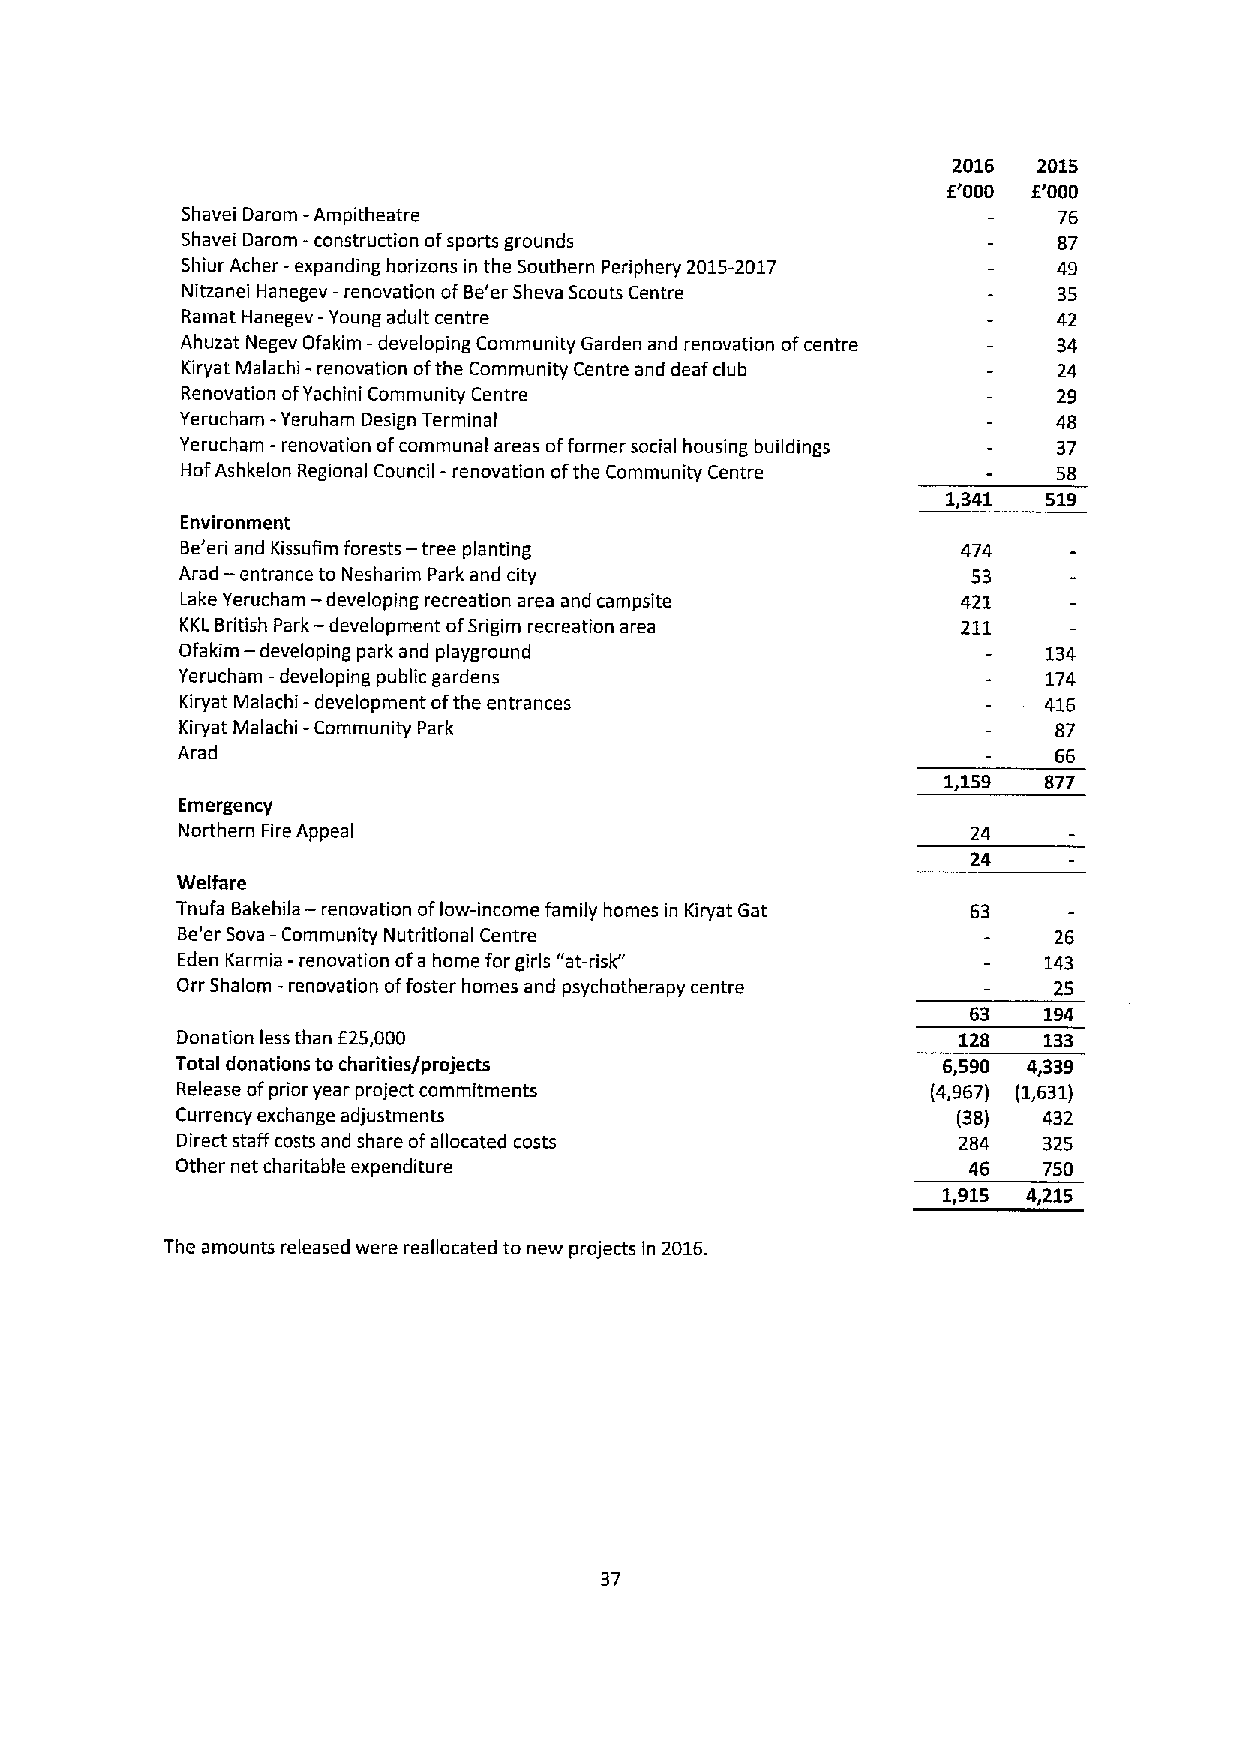
2016  2015
 E'000 E'000
 Shavei Darom —Ampitheatre                                 76
 Shavei Darom -construction ofsports grounds               87
 Shiur Acher -expanding horizons in the Southern Periphery 2015-2017 49
 Nitzanei Hanegev —renovation ofBe'er Sheva Scouts Centre  35
 Ramat Hanegev —Young adult centre                         42
 Ahuzat Negev Ofakim -developing Community Garden and renovation ofcentre 34
 Kiryat Malachi -renovation ofthe Community Centre and deaf club 24
 Renovation ofYachini Community Centre                     29
 Yerucham - Yeruham Design Terminal                        48
 Yerucham -renovation ofcommunal areas offormer social housing buildings 37
 Hof Ashkelon Regional Council -renovation ofthe Community Centre 58
 1,341 519
 Environment
 Be'eri and Kissufim forests — tree planting         474
 —
 Arad entrance to Nesharim Park and city             53
 Lake Yerucham-developing recreation area and campsite 421
 KKLBritish Park — development ofSrigim recreation area 211
 —
 Ofakim developing park and playground                    134
 Yerucham —developing public gardens                      174
 Kiryat Malachi- development ofthe entrances              416
 -
 Kiryat Malachi Community Park                             87
 Arad                                                      66
 1,159 877
 Emergency
 Northern Fire Appeal                                24
 24
 Welfare
 —
 Tnufa Bakehila renovation oflow-income family homes in Kiryat Gat 63
 Be'er Sova —Community Nutritional Centre                  26
 Eden Karmia -renovation ofa home for girls "at-risk"     143
 Orr Shalom -renovation offoster homes and psychotherapy centre 25
 63   194
 Donation less than E25,000                          128  133
 Total donations to charities/projects             6,590 4,339
 Release ofprior year project commitments          (4,967) (1,631)
 Currency exchange adjustments                      (38)  432
 Direct staff costs and share ofallocated costs     284   325
 Other net charitable expenditure                    46   750
 1,915 4,215
 The amounts released were reallocated to new projects in 2016.
 37